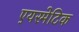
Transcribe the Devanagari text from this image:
एयरमेटिक